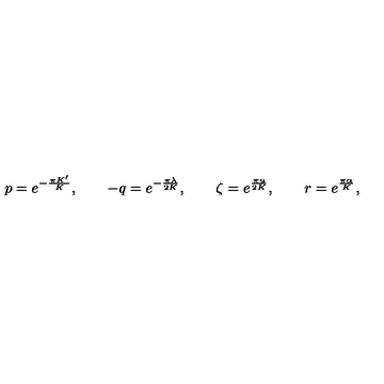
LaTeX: p = e ^ { - \frac { \pi K ^ { \prime } } { K } } , \qquad - q = e ^ { - \frac { \pi \lambda } { 2 K } } , \qquad \zeta = e ^ { \frac { \pi u } { 2 K } } , \qquad r = e ^ { \frac { \pi \alpha } { K } } ,